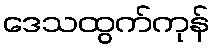
ဒေသထွက်ကုန်